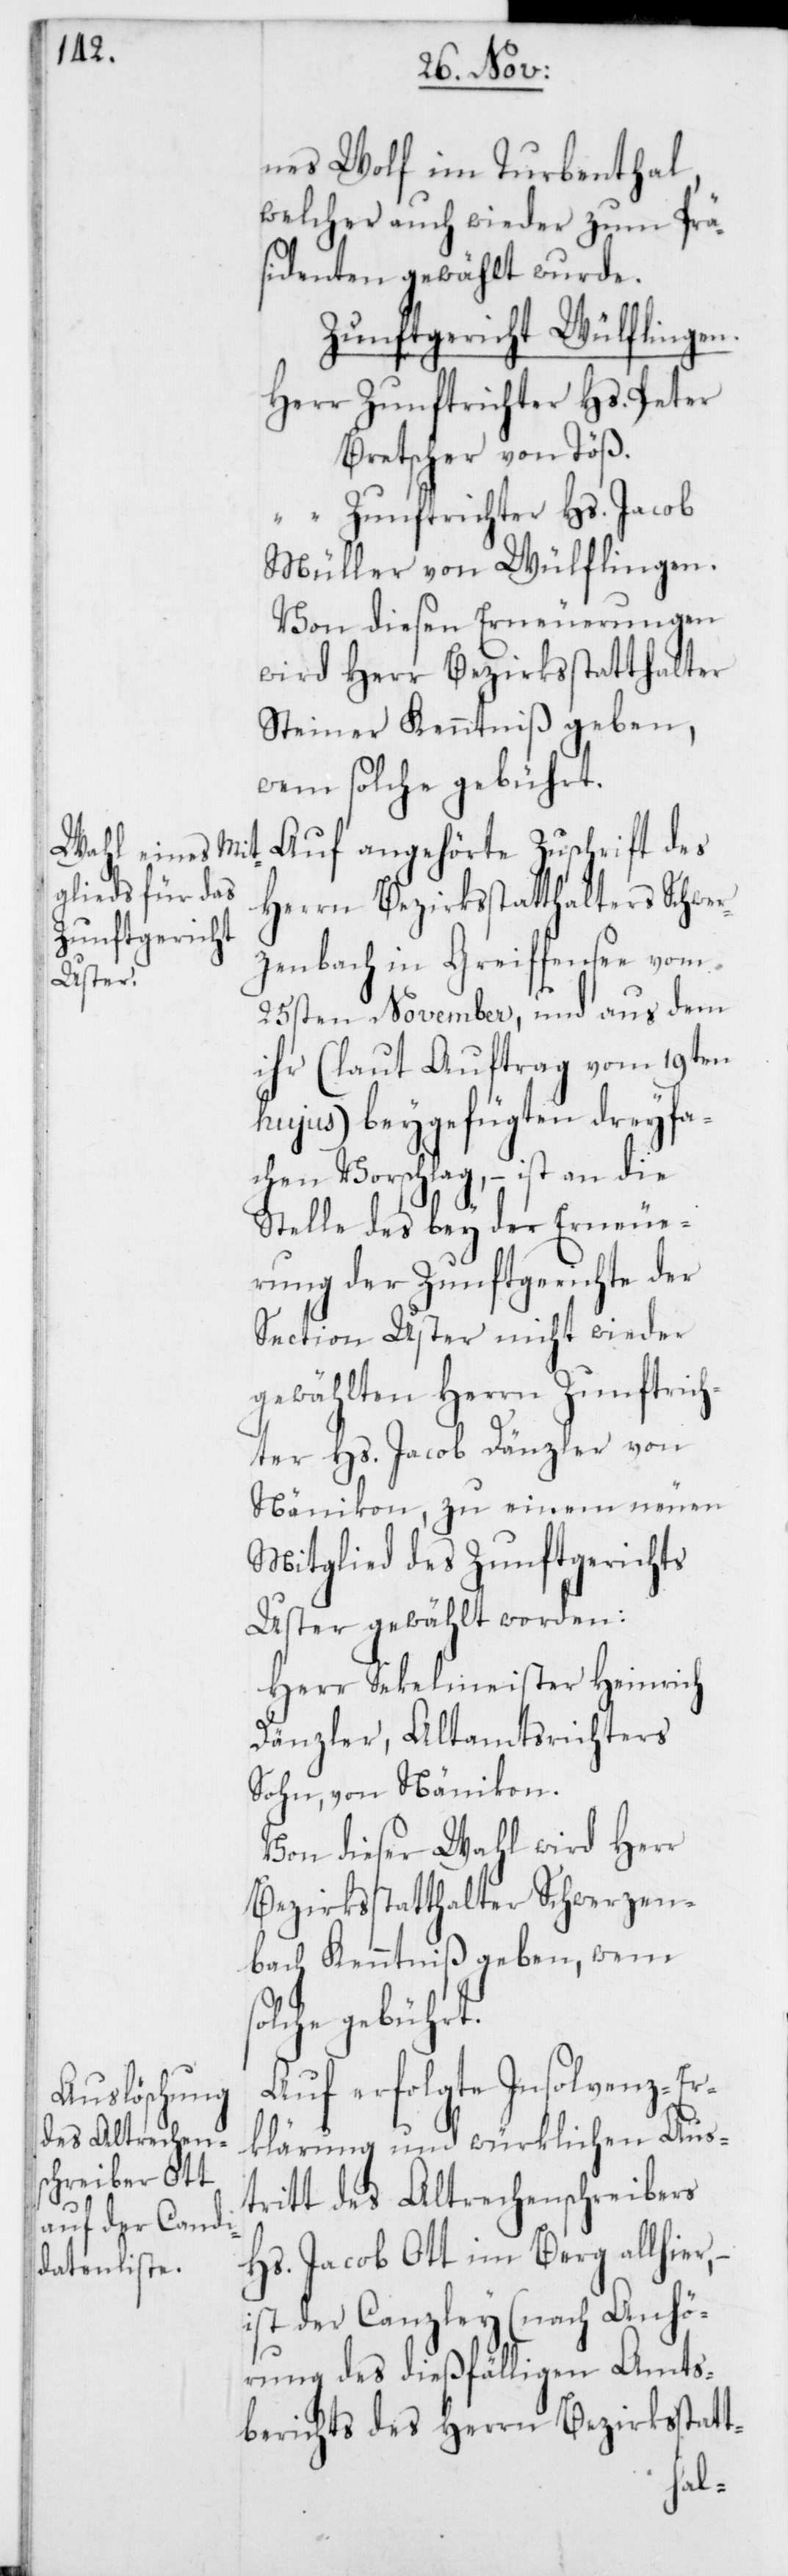
nes Wolf im Turbenthal,
welcher auch wieder zum Prä¬
sidenten gewählt wurde.
Zunftgericht Wülflingen.
Herr Zunftrichter Hs. Peter
Bretscher von Töß.
“ Zunftrichter Hs. Jacob
Müller, von Wülflingen.
Von diesen Erneuerungen
wird Herr Bezirksstatthalter
Steiner Kenntniß geben,
wem solche gebührt.
Auf angehörte Zuschrift des
Herrn Bezirksstatthalters Schwer¬
zenbach in Greiffensee vom
25sten November, und aus dem
ihr (laut Auftrag vom 19ten
hujus) beygefügten dreyfa¬
chen Vorschlag, – ist an die
Stelle des bey der Erneue¬
rung der Zunftgerichte der
Section Uster nicht wieder
gewählten Herrn Zunftrich¬
ter Hs. Jacob Dänzler von
Nänikon, zu einem neuen
Mitglied des Zunftgerichts
Uster gewählt worden:
Herr Sekelmeister Heinrich
Dänzler, Altamtsrichters
Sohn, von Nänikon.
Von dieser Wahl wird Herr
Bezirksstatthalter Schwerzen¬
bach Kenntniß geben, wem
solche gebührt.
Auf erfolgte Insolvenz-Er¬
klärung und würklichen Aust¬
ritt des alt Rechenschreibers
Hs. Jacob Ott im Berg allhier,
ist der Canzley (nach Anhö¬
rung des dießfälligen Amts¬
berichts des Herrn Bezirksstatt-